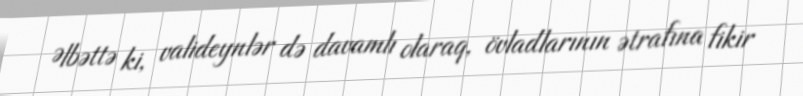
Əlbəttə ki, valideynlər də davamlı olaraq, övladlarının ətrafına fikir